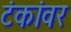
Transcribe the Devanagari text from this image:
टंकांवर